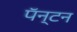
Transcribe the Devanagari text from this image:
पॅन्टन